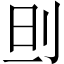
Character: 𠛣